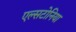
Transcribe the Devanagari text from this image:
एल्सटोनिया